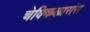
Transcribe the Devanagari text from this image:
चेक्किऴारांस